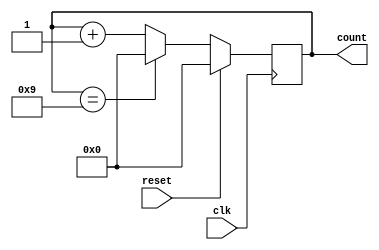
module bcd_counter(
    input clk,
    input reset,
    output reg [3:0] count
);

always @(posedge clk) begin
    if(reset) begin
        count <= 4'b0000;
    end else begin
        if(count == 4'b1001) begin
            count <= 4'b0000;
        end else begin
            count <= count + 4'b0001;
        end
    end
end

endmodule